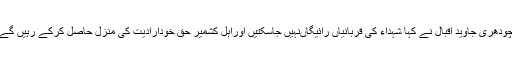
چودھری جاوید اقبال نے کہا شہداء کی قربانیاں رائیگاںنہیں جاسکتیں اوراہل کشمیر حق خودارادیت کی منزل حاصل کرکے رہیں گے۔